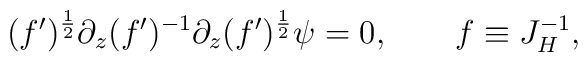
(f')^{1\over 2}\partial_z (f')^{-1}\partial_z(f')^{1\over 2}\psi=0,\qquad f\equiv J_H^{-1},